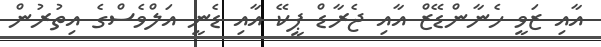
އާއި ޒަވީ ހެނާންޑޭޒް އާއި ޖެރާޑް ޕީކޭ އާއި ޑެނީ އަލްވެސްގެ އިތުރުން